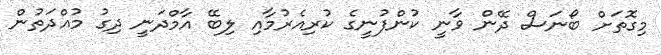
މިގޮތަށް ބޯނަސް ދޭން ވާނީ ކުންފުނީގެ ކުރިއެރުމާއި ލިބޭ އާމްދަނީ ދިގު މުއްދަތުން